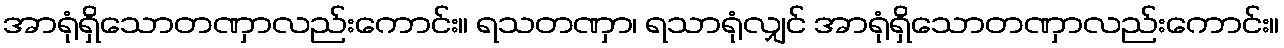
အာရုံရှိသောတဏှာလည်းကောင်း။ ရသတဏှာ၊ ရသာရုံလျှင် အာရုံရှိသောတဏှာလည်းကောင်း။